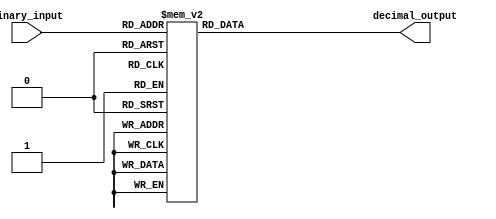
module BinaryToDecimalDecoder(
    input [2:0] binary_input,
    output reg [3:0] decimal_output
);

always @(*)
begin
    case(binary_input)
        3'b000: decimal_output = 4'b0001;
        3'b001: decimal_output = 4'b0010;
        3'b010: decimal_output = 4'b0011;
        3'b011: decimal_output = 4'b0100;
        3'b100: decimal_output = 4'b0101;
        3'b101: decimal_output = 4'b0110;
        3'b110: decimal_output = 4'b0111;
        3'b111: decimal_output = 4'b1000;
        default: decimal_output = 4'b0000; // default output in case of invalid input
    endcase
end

endmodule